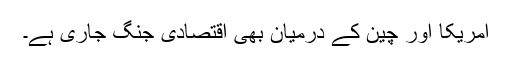
امریکا اور چین کے درمیان بھی اقتصادی جنگ جاری ہے۔